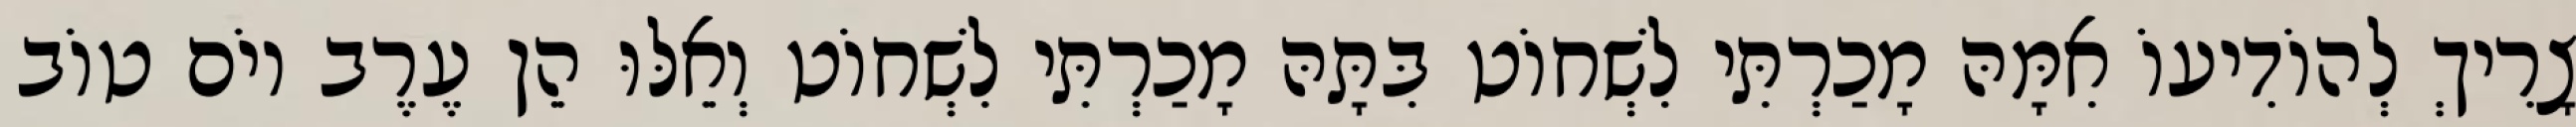
צָרִיךְ לְהוֹדִיעוֹ אִמָּהּ מָכַרְתִּי לִשְׁחוֹט בִּתָּהּ מָכַרְתִּי לִשְׁחוֹט וְאֵלּוּ הֵן עֶרֶב יוֹם טוֹב